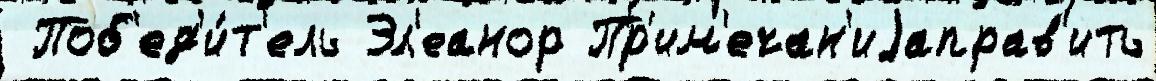
 Поб'ед'и́т'ель Эл'еанор Пр'им'ечан'иjаправ'ить